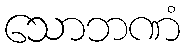
သောဘဏံ